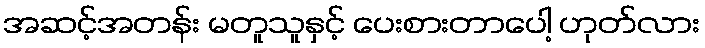
အဆင့်အတန်း မတူသူနှင့် ပေးစားတာပေါ့ ဟုတ်လား